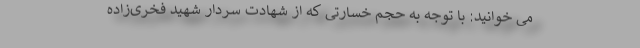
می خوانید: با توجه به حجم خسارتی که از شهادت سردار شهید فخری‌زاده